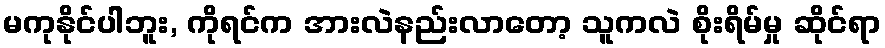
မကုနိုင်ပါဘူး, ကိုရင်က အားလဲနည်းလာတော့ သူကလဲ စိုးရိမ်မှု ဆိုင်ရာ